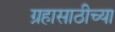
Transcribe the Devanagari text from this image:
ग्रहासाठीच्या